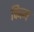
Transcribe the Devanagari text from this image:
फित्म